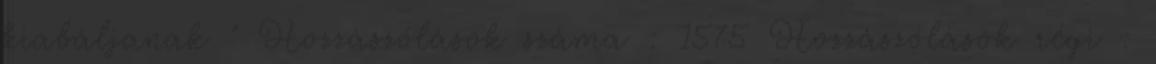
kiabáljanak " Hozzászólások száma : 1575 Hozzászólások régi :